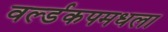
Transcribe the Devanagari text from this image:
वर्ल्डकपमधला